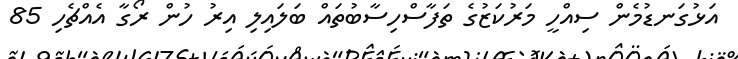
އަޅުގަނޑުމެން ސިއްހީ މަރުކަޒުގެ ތަފާސްހިސާބުތައް ބަލައިލި އިރު ހުން ރޯގާ އެއްޗެހި 85